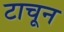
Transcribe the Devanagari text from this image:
टाचून